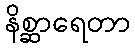
နိစ္ဆာရေတာ